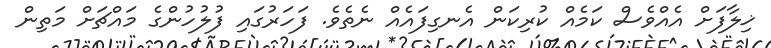
ޚިލާފަށް އެއްވެސް ކަމެއް ކުރިކަން އެނގިފައެއް ނެތެވެ. ފަހަރުގައި ފުލުހުންގެ މައްޗަށް މަތިން